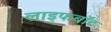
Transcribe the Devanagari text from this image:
लाइफबाॅट